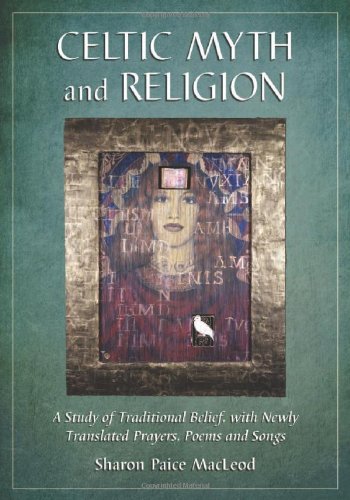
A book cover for Celtic Myth and Religion: A Study of Traditional Belief, with Newly Translated Prayers, Poems and Songs; Sharon Paice Macleod; Religion & Spirituality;